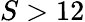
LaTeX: S>12